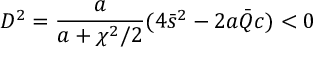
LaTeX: D ^ { 2 } = \frac { a } { a + \chi ^ { 2 } / 2 } ( 4 \bar { s } ^ { 2 } - 2 a \bar { Q } c ) < 0